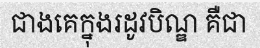
ជាងគេក្នុងរដូវបិណ្ឌ គឺជា